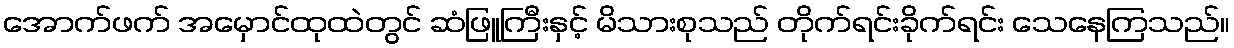
အောက်ဖက် အမှောင်ထုထဲတွင် ဆံဖြူကြီးနှင့် မိသားစုသည် တိုက်ရင်းခိုက်ရင်း သေနေကြသည်။